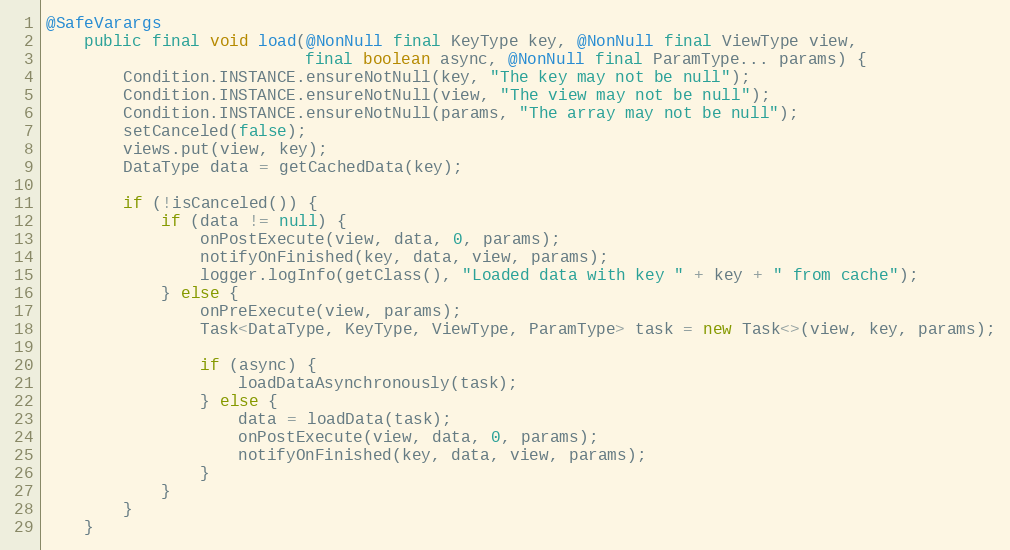
Language: Java
@SafeVarargs
    public final void load(@NonNull final KeyType key, @NonNull final ViewType view,
                           final boolean async, @NonNull final ParamType... params) {
        Condition.INSTANCE.ensureNotNull(key, "The key may not be null");
        Condition.INSTANCE.ensureNotNull(view, "The view may not be null");
        Condition.INSTANCE.ensureNotNull(params, "The array may not be null");
        setCanceled(false);
        views.put(view, key);
        DataType data = getCachedData(key);

        if (!isCanceled()) {
            if (data != null) {
                onPostExecute(view, data, 0, params);
                notifyOnFinished(key, data, view, params);
                logger.logInfo(getClass(), "Loaded data with key " + key + " from cache");
            } else {
                onPreExecute(view, params);
                Task<DataType, KeyType, ViewType, ParamType> task = new Task<>(view, key, params);

                if (async) {
                    loadDataAsynchronously(task);
                } else {
                    data = loadData(task);
                    onPostExecute(view, data, 0, params);
                    notifyOnFinished(key, data, view, params);
                }
            }
        }
    }